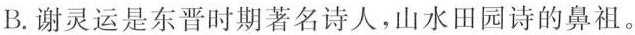
B.谢灵运是东晋时期著名诗人，山水田园诗的鼻祖。